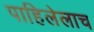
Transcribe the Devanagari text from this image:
पाहिलेलाच